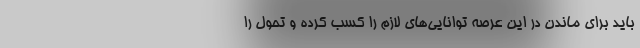
باید برای ماندن در این عرصه توانایی‌های لازم را کسب کرده و تحول را